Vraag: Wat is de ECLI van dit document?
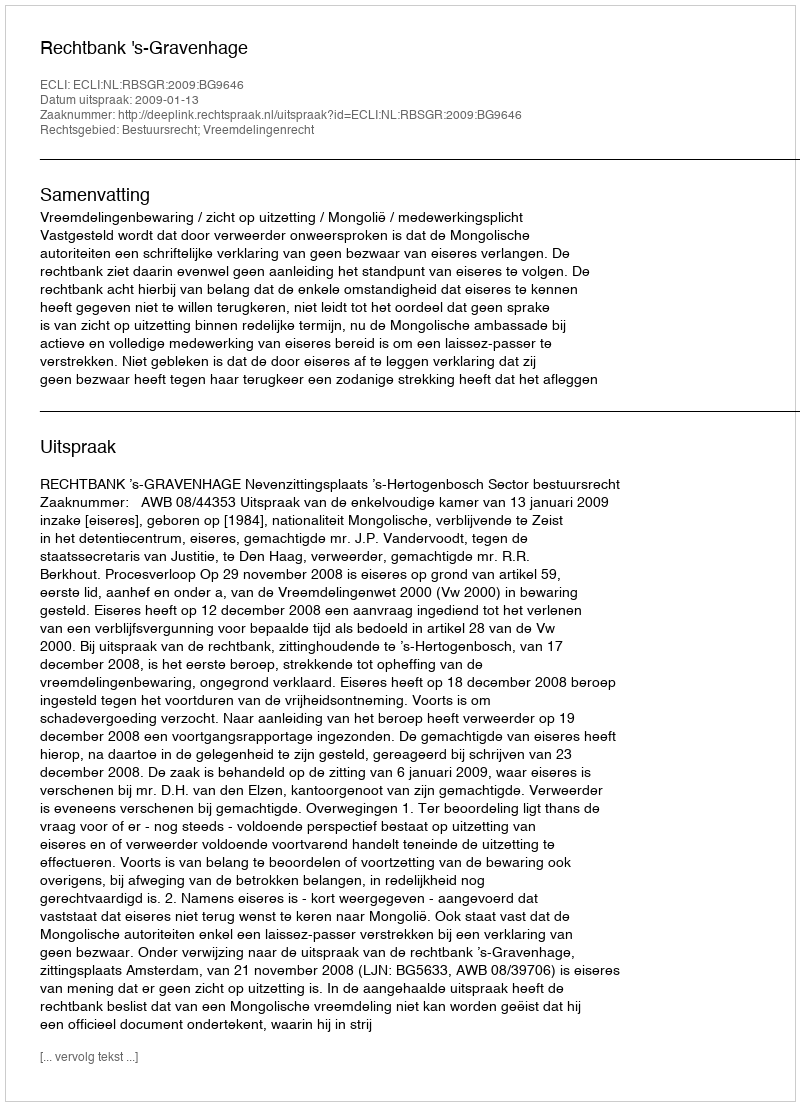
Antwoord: ECLI:NL:RBSGR:2009:BG9646